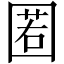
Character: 𡈉